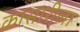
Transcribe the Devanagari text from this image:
कासारीला